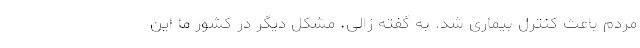
مردم باعث کنترل بیماری شد. به گفته زالی، مشکل دیگر در کشور ما این